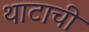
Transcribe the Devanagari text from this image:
थाटाची